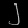
Digit: ၂